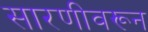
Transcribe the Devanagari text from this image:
सारणीवरून